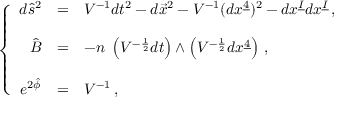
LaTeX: \left\{ \begin{array} { r c l } { { d \hat { s } ^ { 2 } } } & { { = } } & { { V ^ { - 1 } d t ^ { 2 } - d \vec { x } ^ { 2 } - V ^ { - 1 } ( d x ^ { \underline { { { 4 } } } } ) ^ { 2 } - d x ^ { \underline { { { I } } } } d x ^ { \underline { { { I } } } } \, , } } \\ { { } } & { { } } & { { } } \\ { { \hat { B } } } & { { = } } & { { - n \ \left( V ^ { - \frac { 1 } { 2 } } d t \right) \wedge \left( V ^ { - \frac { 1 } { 2 } } d x ^ { \underline { { { 4 } } } } \right) \, , } } \\ { { } } & { { } } & { { } } \\ { { e ^ { 2 \hat { \phi } } } } & { { = } } & { { V ^ { - 1 } \, , } } \end{array} \right.